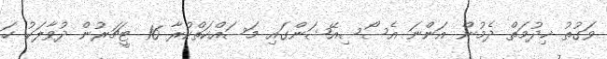
ވަގުތު ޚިދުމަތް ދެމުން އަންނަ އެސޯސިއޭޝަންގައި މަސައްކަތްކުރާ 16 ޓީޗަރުން ދުވާލަކު ހަ